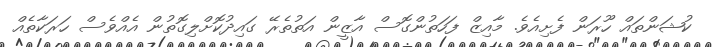
ކުޝަންތައް ހޫރަން ފެށިއެވެ. މާއިޒް ފަހަތުންގޮސް އާޒީން އަތުތެރޭ ގައިދުކޮށްލިގޮތުން އެއްވެސް ހަރަކާތެއް